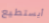
أيستطيع